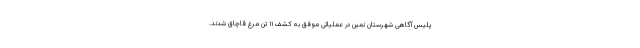
پلیس آگاهی شهرستان نمین در عملیاتی موفق به کشف ۱۱ تن مرغ قاچاق شدند.